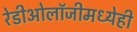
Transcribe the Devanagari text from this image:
रेडीओलॉजीमध्येही